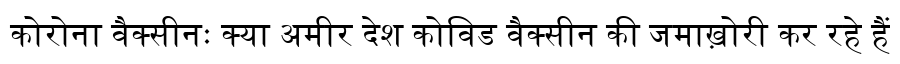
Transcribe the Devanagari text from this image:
कोरोना वैक्सीनः क्या अमीर देश कोविड वैक्सीन की जमाख़ोरी कर रहे हैं